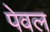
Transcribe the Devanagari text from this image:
पेवल